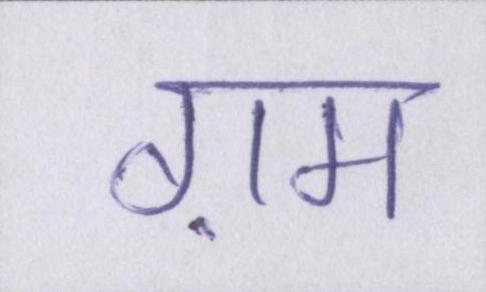
ग़म